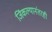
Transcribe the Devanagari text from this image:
जिंकल्यानंतरही